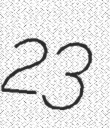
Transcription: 23